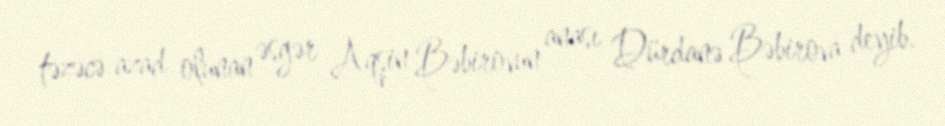
təzəcə azad olunan əsgər Aqşin Bəbirovun anası Dürdanə Bəbirova deyib.